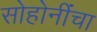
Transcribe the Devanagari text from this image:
सोहोनींंचा